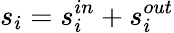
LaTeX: s_{i}=s_{i}^{in}+s_{i}^{out}